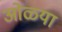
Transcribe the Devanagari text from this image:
ओळ्या